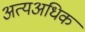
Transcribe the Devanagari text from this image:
अत्यअधिक